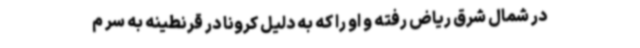
در شمال شرق ریاض رفته و او را که به دلیل کرونا در قرنطینه به سر م